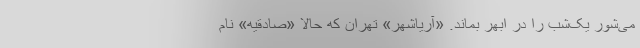
می‌شور یک‌شب را در ابهر بماند. «آریاشهر» تهران که حالا «صادقیه» نام